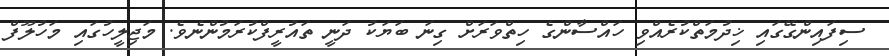
ސިފައިންގޭގައި ޚިދުމަތްކުރެއްވި ހައްސާންގެ ހިތްވަރަށް ގިނަ ބަޔަކު ދަނީ ތައުރީފްކުރަމުންނެވެ. މަޖިލީހުގައި މަހުލޫފް